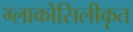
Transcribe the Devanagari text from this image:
ग्लाकोसिलीकृत